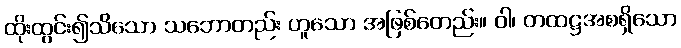
ထိုးထွင်း၍သိသော သဘောတည်း ဟူသော အဖြစ်တေည်း။ ဝါ၊ တထဋ္ဌအစရှိသော